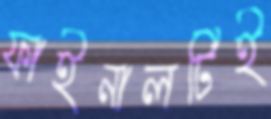
ফাইনালটিই